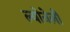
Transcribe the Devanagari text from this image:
ल्योनेली